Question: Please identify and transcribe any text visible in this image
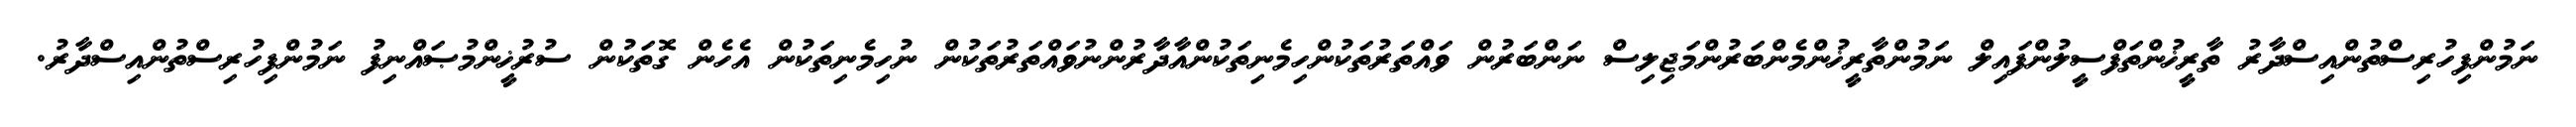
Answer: ނަމުންފިހުރިސްތުންއިސްދާރު ތާރީޚުންތަފްސީލުންފައިލް ނަމުންތާރީޚުންމެންބަރުންމަޖިލިސް ނަންބަރުން ވައްތަރުތަކުންހިމެނިތަކުންއާދާރުންނުވައްތަރުތަކުން ނުހިމެނިތަކުން އެހެން ގޮތަކުން ސުރުޚީންމުޞައްނިފު ނަމުންފިހުރިސްތުންއިސްދާރު.